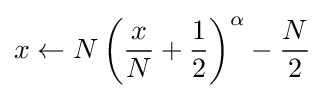
x\leftarrow N\left({\frac {x}{N}}+{\frac {1}{2}}\right)^{\alpha }-{\frac {N}{2}}